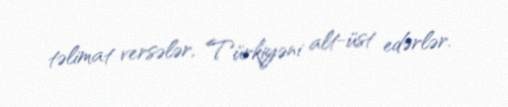
təlimat versələr, Türkiyəni alt-üst edərlər.